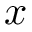
x